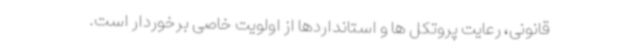
قانونی، رعایت پروتکل ها و استانداردها از اولویت خاصی برخوردار است.